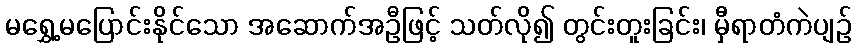
မရွှေ့မပြောင်းနိုင်သော အဆောက်အဦဖြင့် သတ်လို၍ တွင်းတူးခြင်း၊ မှီရာတံကဲပျဉ်